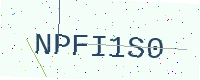
Text: NPFI1S0